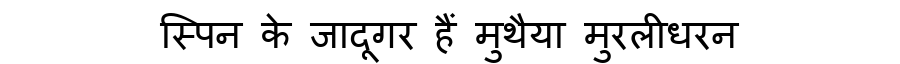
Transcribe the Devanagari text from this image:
स्पिन के जादूगर हैं मुथैया मुरलीधरन